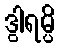
ဒွါရမ္ပိ